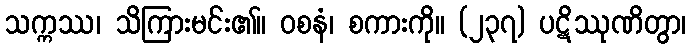
သက္ကဿ၊ သိကြားမင်း၏။ ဝစနံ၊ စကားကို။ (၂၃၇) ပဋိဿုဏိတွာ၊